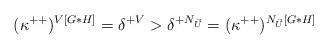
LaTeX: \begin{align*}(\kappa^{++})^{V[G*H]} = \delta^{+V} > \delta^{+N_{\vec{U}}} = (\kappa^{++})^{N_{\vec{U}}[G*H]}\end{align*}